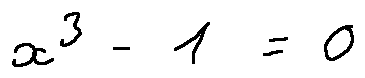
x ^ { 3 } - 1 = 0